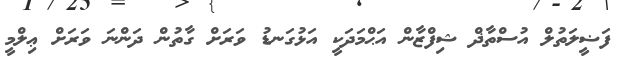
ފަޟީލަތުލް އުސްތާޛް ޝިފްޒާން އަޙްމަދަކީ އަޅުގަނޑު ވަރަށް ގާތުން ދަންނަ ވަރަށް ޢިލްމީ